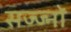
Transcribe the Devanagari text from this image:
सज्ज्नों